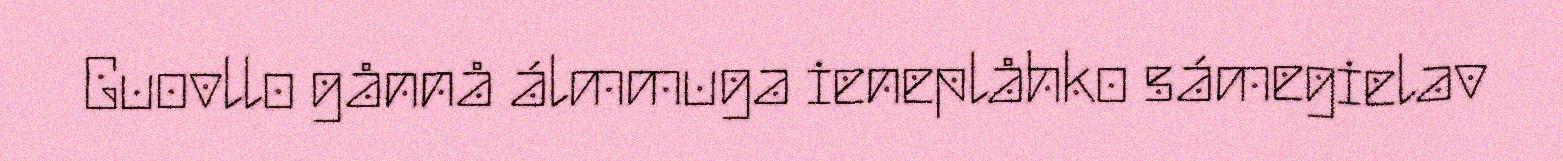
Guovllo gånnå álmmuga ieneplåhko sámegielav